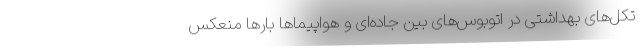
تکل‌های بهداشتی در اتوبوس‌های بین جاده‌ای و هواپیماها بارها منعکس